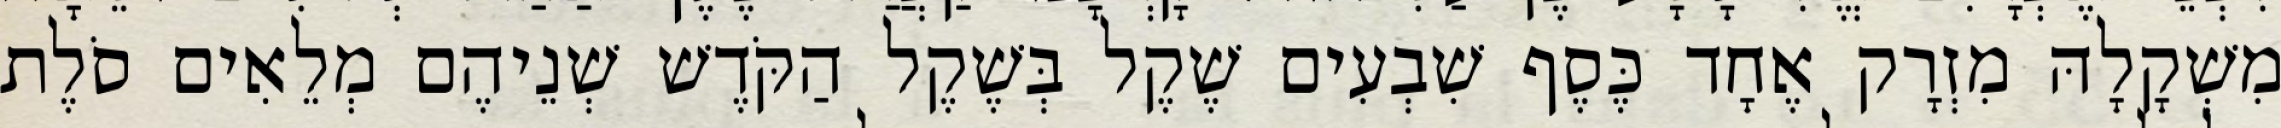
מִשְׁקָלָהּ מִזְרָק אֶחָד כֶּסֶף שִׁבְעִים שֶׁקֶל בְּשֶׁקֶל הַקֹּדֶשׁ שְׁנֵיהֶם מְלֵאִים סֹלֶת